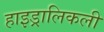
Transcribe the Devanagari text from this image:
हाइड्रालिकली